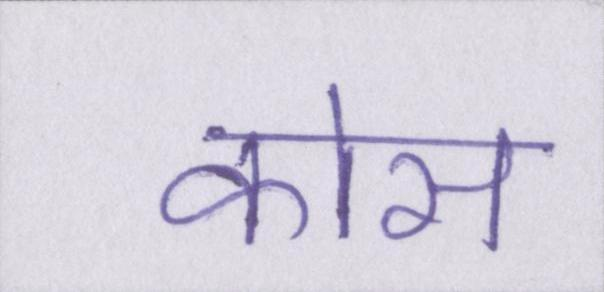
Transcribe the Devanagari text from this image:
कोस